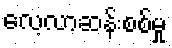
လေ့လာဆန်းစစ်မှု